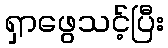
ရှာဖွေသင့်ပြီး